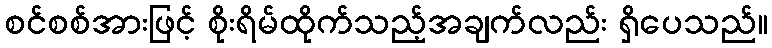
စင်စစ်အားဖြင့် စိုးရိမ်ထိုက်သည့်အချက်လည်း ရှိပေသည်။